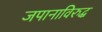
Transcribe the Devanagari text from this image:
जपानाविरुद्ध